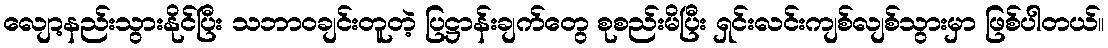
လျော့နည်းသွားနိုင်ပြီး သဘာဝချင်းတူတဲ့ ပြဋ္ဌာန်းချက်တွေ စုစည်းမိပြီး ရှင်းလင်းကျစ်လျစ်သွားမှာ ဖြစ်ပါတယ်။